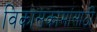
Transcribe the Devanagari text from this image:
विकासकामांसाठी